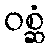
ဝစ္ဆံ